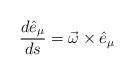
LaTeX: \begin{align*}\frac{d\hat{e}_\mu}{ds} = \vec{\omega} \times \hat{e}_\mu \end{align*}